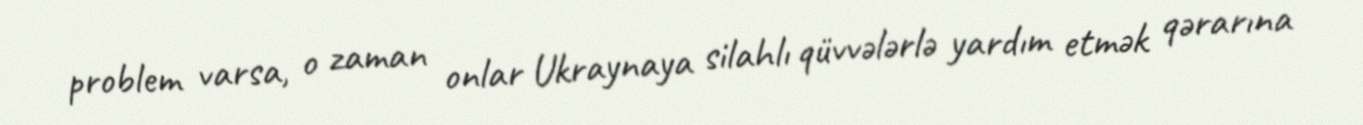
problem varsa, o zaman onlar Ukraynaya silahlı qüvvələrlə yardım etmək qərarına